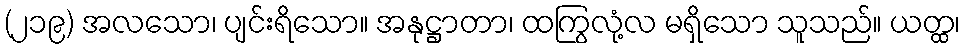
(၂၁၉) အလသော၊ ပျင်းရိသော။ အနုဋ္ဌာတာ၊ ထကြွလုံ့လ မရှိသော သူသည်။ ယတ္ထ၊